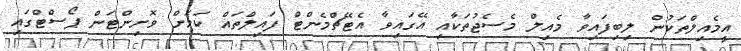
އީމެއިލްތަކުން ލިބިފައިވާ މެއިލް މެސެޖުތަކާއި އޭގައިވާ އެޓޭޗްމެންޓް ފައިލްތައް ކަމަށް ވޮށިންޓަން ޕޯސްޓްގައި